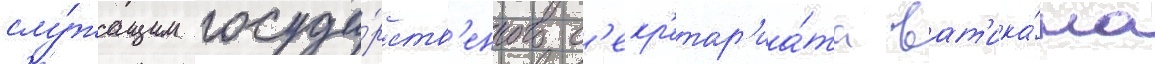
слу́жащим госуда́рств'енного с'екр'етар'иа́та ват'ика́на